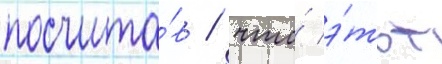
посчита́в / что́ э́тот